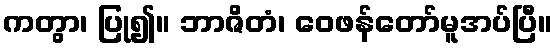
ကတွာ၊ ပြု၍။ ဘာဇိတံ၊ ဝေဖန်တော်မူအပ်ပြီ။